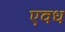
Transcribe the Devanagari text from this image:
एवध